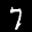
Label: 7